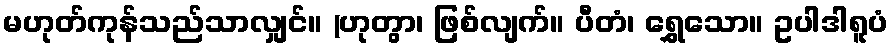
မဟုတ်ကုန်သည်သာလျှင်။ (ဟုတွာ၊ ဖြစ်လျက်။ ပီတံ၊ ရွှေသော။ ဥပါဒါရူပံ